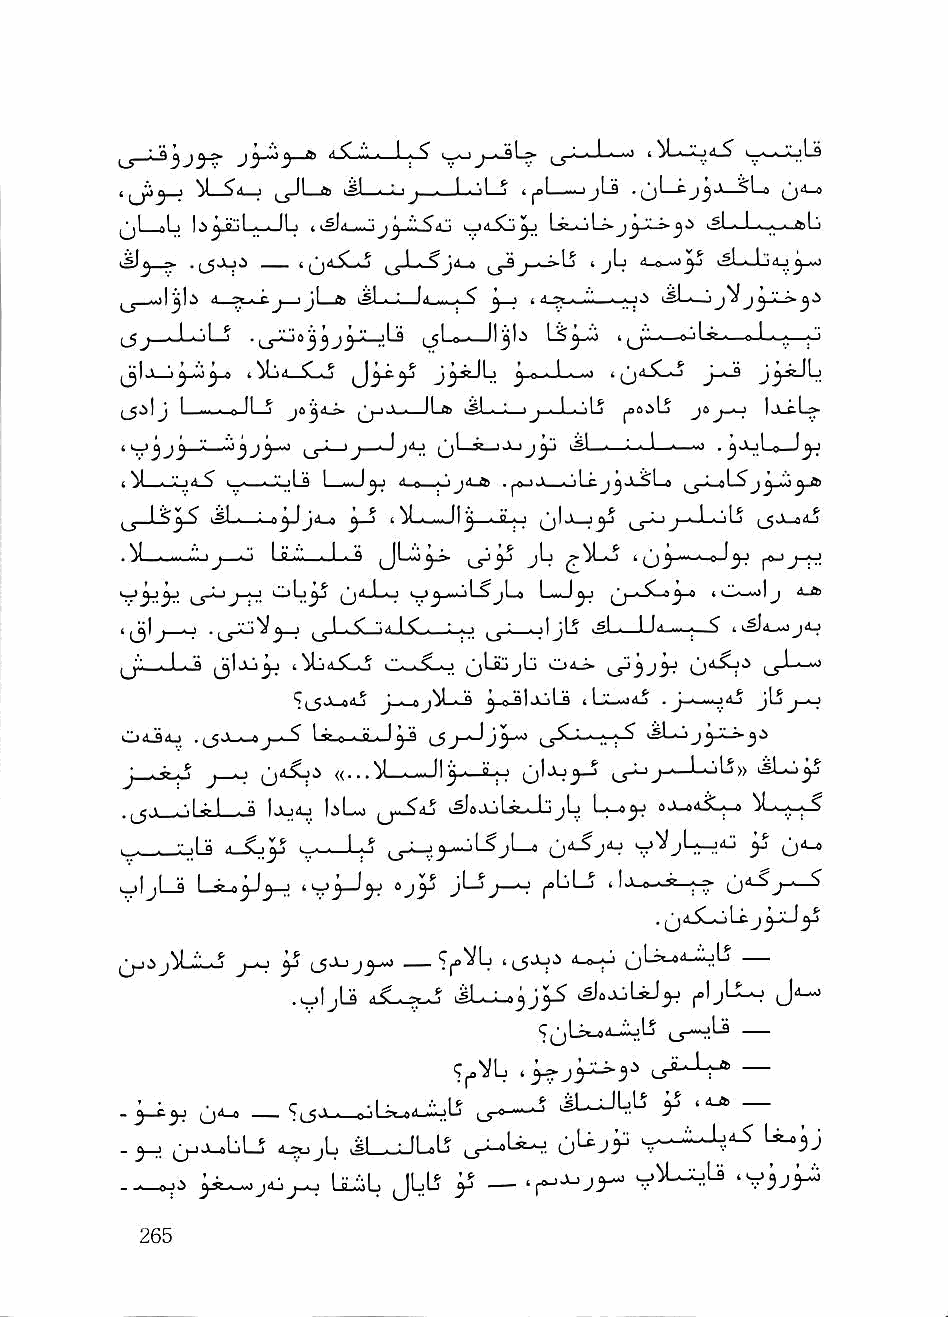
^L-^i—j j_jJL_a ksl—^j~ij—■—I,■ '»Lj ijcl-1-1jli .^jl—cj^a_SLs jj'i-o
 ^1 oL li^jLjLwJL i -i^aj    ljt^U>.jjjL».j,b i®l_J_w_-_ALj
 ■slj ~      t             ^^f_i-i>-Lj ijLj 'i-o—i^
 jU ''i ft   ^-so
 ^ -iljl.S <1 -^.Cj—ijLa kgl ■ ■' ,li^ ^ J i ijl - J^JiL> j.>
 (_5 <_LoL-J ^ '•"■" j j j^ "■' _;I ° ^1 ^ . II jl \ 1 ^^'-i—a iiLg-i—J--—;—
 ^1 \ ^ ^ f. 4^1j4__SwO  H ^     t
 ILte '^1 ■ - ■ j • \ JO Ijl^L^
 _aJjO^ (Jji SuJljj^ ts|_. ; ._L|_.,.J il a Ij i
 I      i—aJLiLs ^ ii-o—-jjii-tt i t . 'il ^  jyji)
 ^ I ^ kgl . ,i oyj yJJi tt ^^ ............IIII Xj kS^JJ '•-JL-'i--^jI^j
 . bl .lA.— -'■ I j .^J Ls_il l-Li-S i Q J — AC ly |.fcjj_|-j
 olj^^    Aw)^ii< >L^jL>o           0^
 ^j" ■ I ■ a j^ljij^ iMjiI-SLaj C..-«.SLaJ jjLiijjLj Oo.^
 U .(_5Jl-^j_a5 l-p„e ..ii-., J_jj^ «^Lo 1 cuji.
 J . «  aJ     «. . .^L... II j-A. ii > ,' jj-i-lj-A L-AjL5» Ji-Ajjjj
 1 ■ "i I ^ I . Q IJlJiU I.>LaJ q—?4j I^0jjlj5-Jj jL) L— OJ-OA^I^ ^LaaWa^
 . -.- il " Sr—Lh                        ^ O'^
 ajIjLs            0 jy jLj j ^LLj I Ij_o-a*—|-» IJ^J ' ^
 ■r? u"
 ^jjijXi-Aj j-aj y (_5-k-j j^—» ' l5-^'^ i-o^ (jX-O'l-^L'
 .;jijU Xa.^ lLu_a^J^ i^ojJiLiJjJ ^IjXaj J^
 ■^^VL              —
 . 3-^^                       iLXLli      —
 .         .l^jL X-XLoU       u^Jr
 IxiL JLU 35 _              'V3J^